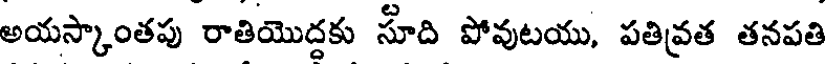
అయస్కాంతపు రాతియొద్దకు సూది పోవుటయు, పతివ్రత తనపతి